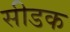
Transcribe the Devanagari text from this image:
सीडक